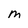
Character: M